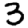
Digit: 3